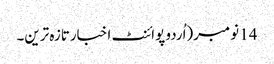
14 نومبر(اُردو پوائنٹ اخبارتازہ ترین۔